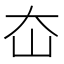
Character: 㞭